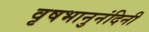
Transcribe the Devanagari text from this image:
वृषभानुनंदिनी